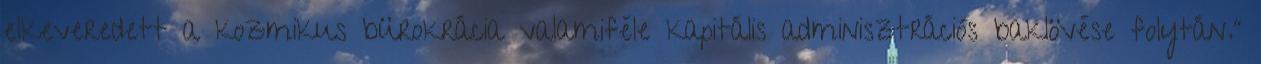
elkeveredett a kozmikus bürokrácia valamiféle kapitális adminisztrációs baklövése folytán."